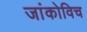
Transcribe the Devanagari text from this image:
जांकोविच